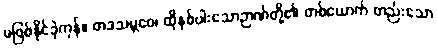
မဖြစ်နိုင်ခဲ့ကုန်။ တဒသမ္ဘဝေ၊ ထိုနှစ်ပါးသောဉာဏ်တို့၏ တစ်ယောက် တည်းသော